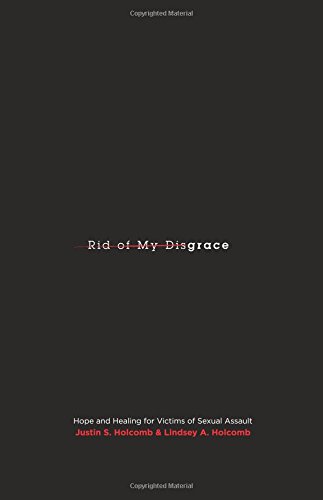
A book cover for Rid of My Disgrace: Hope and Healing for Victims of Sexual Assault (Re:Lit); Justin S. Holcomb; Self-Help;